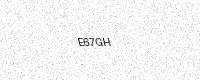
Text: E67GH